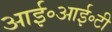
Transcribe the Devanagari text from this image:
आई॰आई॰टी